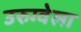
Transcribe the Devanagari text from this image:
उरुग्वेला